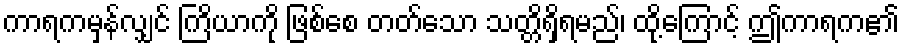
ကာရကမှန်လျှင် ကြိယာကို ဖြစ်စေ တတ်သော သတ္တိရှိရမည်၊ ထို့ကြောင့် ဤကာရက၏